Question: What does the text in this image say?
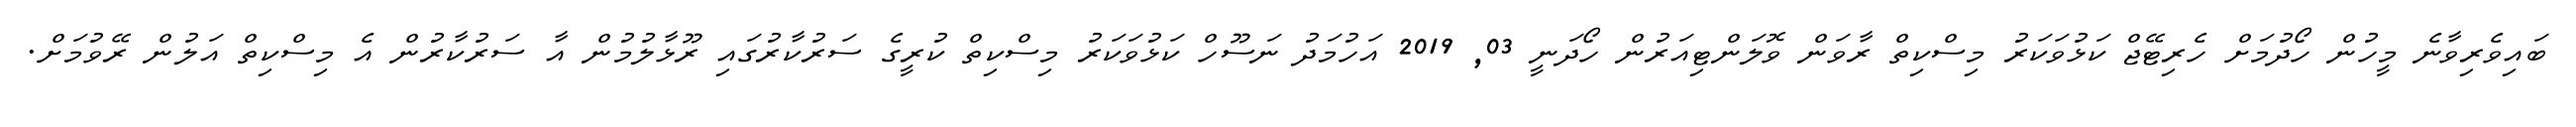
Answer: ބައިވެރިވާނެ މީހުން ހޯދުމަށް ހެރިޓޭޖް ކަޅުވަކަރު މިސްކިތް ރާވަން ވޮލަންޓިއަރުން ހޯދަނީ 03, 2019 އަހުމަދު ނަސޫހް ކަޅުވަކަރު މިސްކިތް ކުރީގެ ސަރުކާރުގައި ރޫޅާލުމުން އާ ސަރުކާރުން އެ މިސްކިތް އަލުން ރޭވުމަށް.